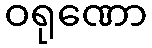
ဝရုဏော